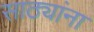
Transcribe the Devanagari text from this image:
साठ्यांना